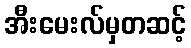
အီးမေးလ်မှတဆင့်